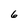
Character: 6